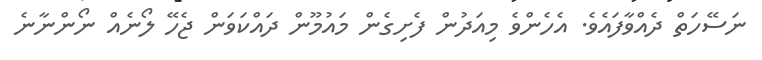
ނަސޭހަތް ދެއްވާފައެވެ. އެހެންވެ މިއަދުން ފެށިގެން މައުމޫން ދައްކަވަން ޖެހޭ ލޯނެއް ނޯންނާނެ